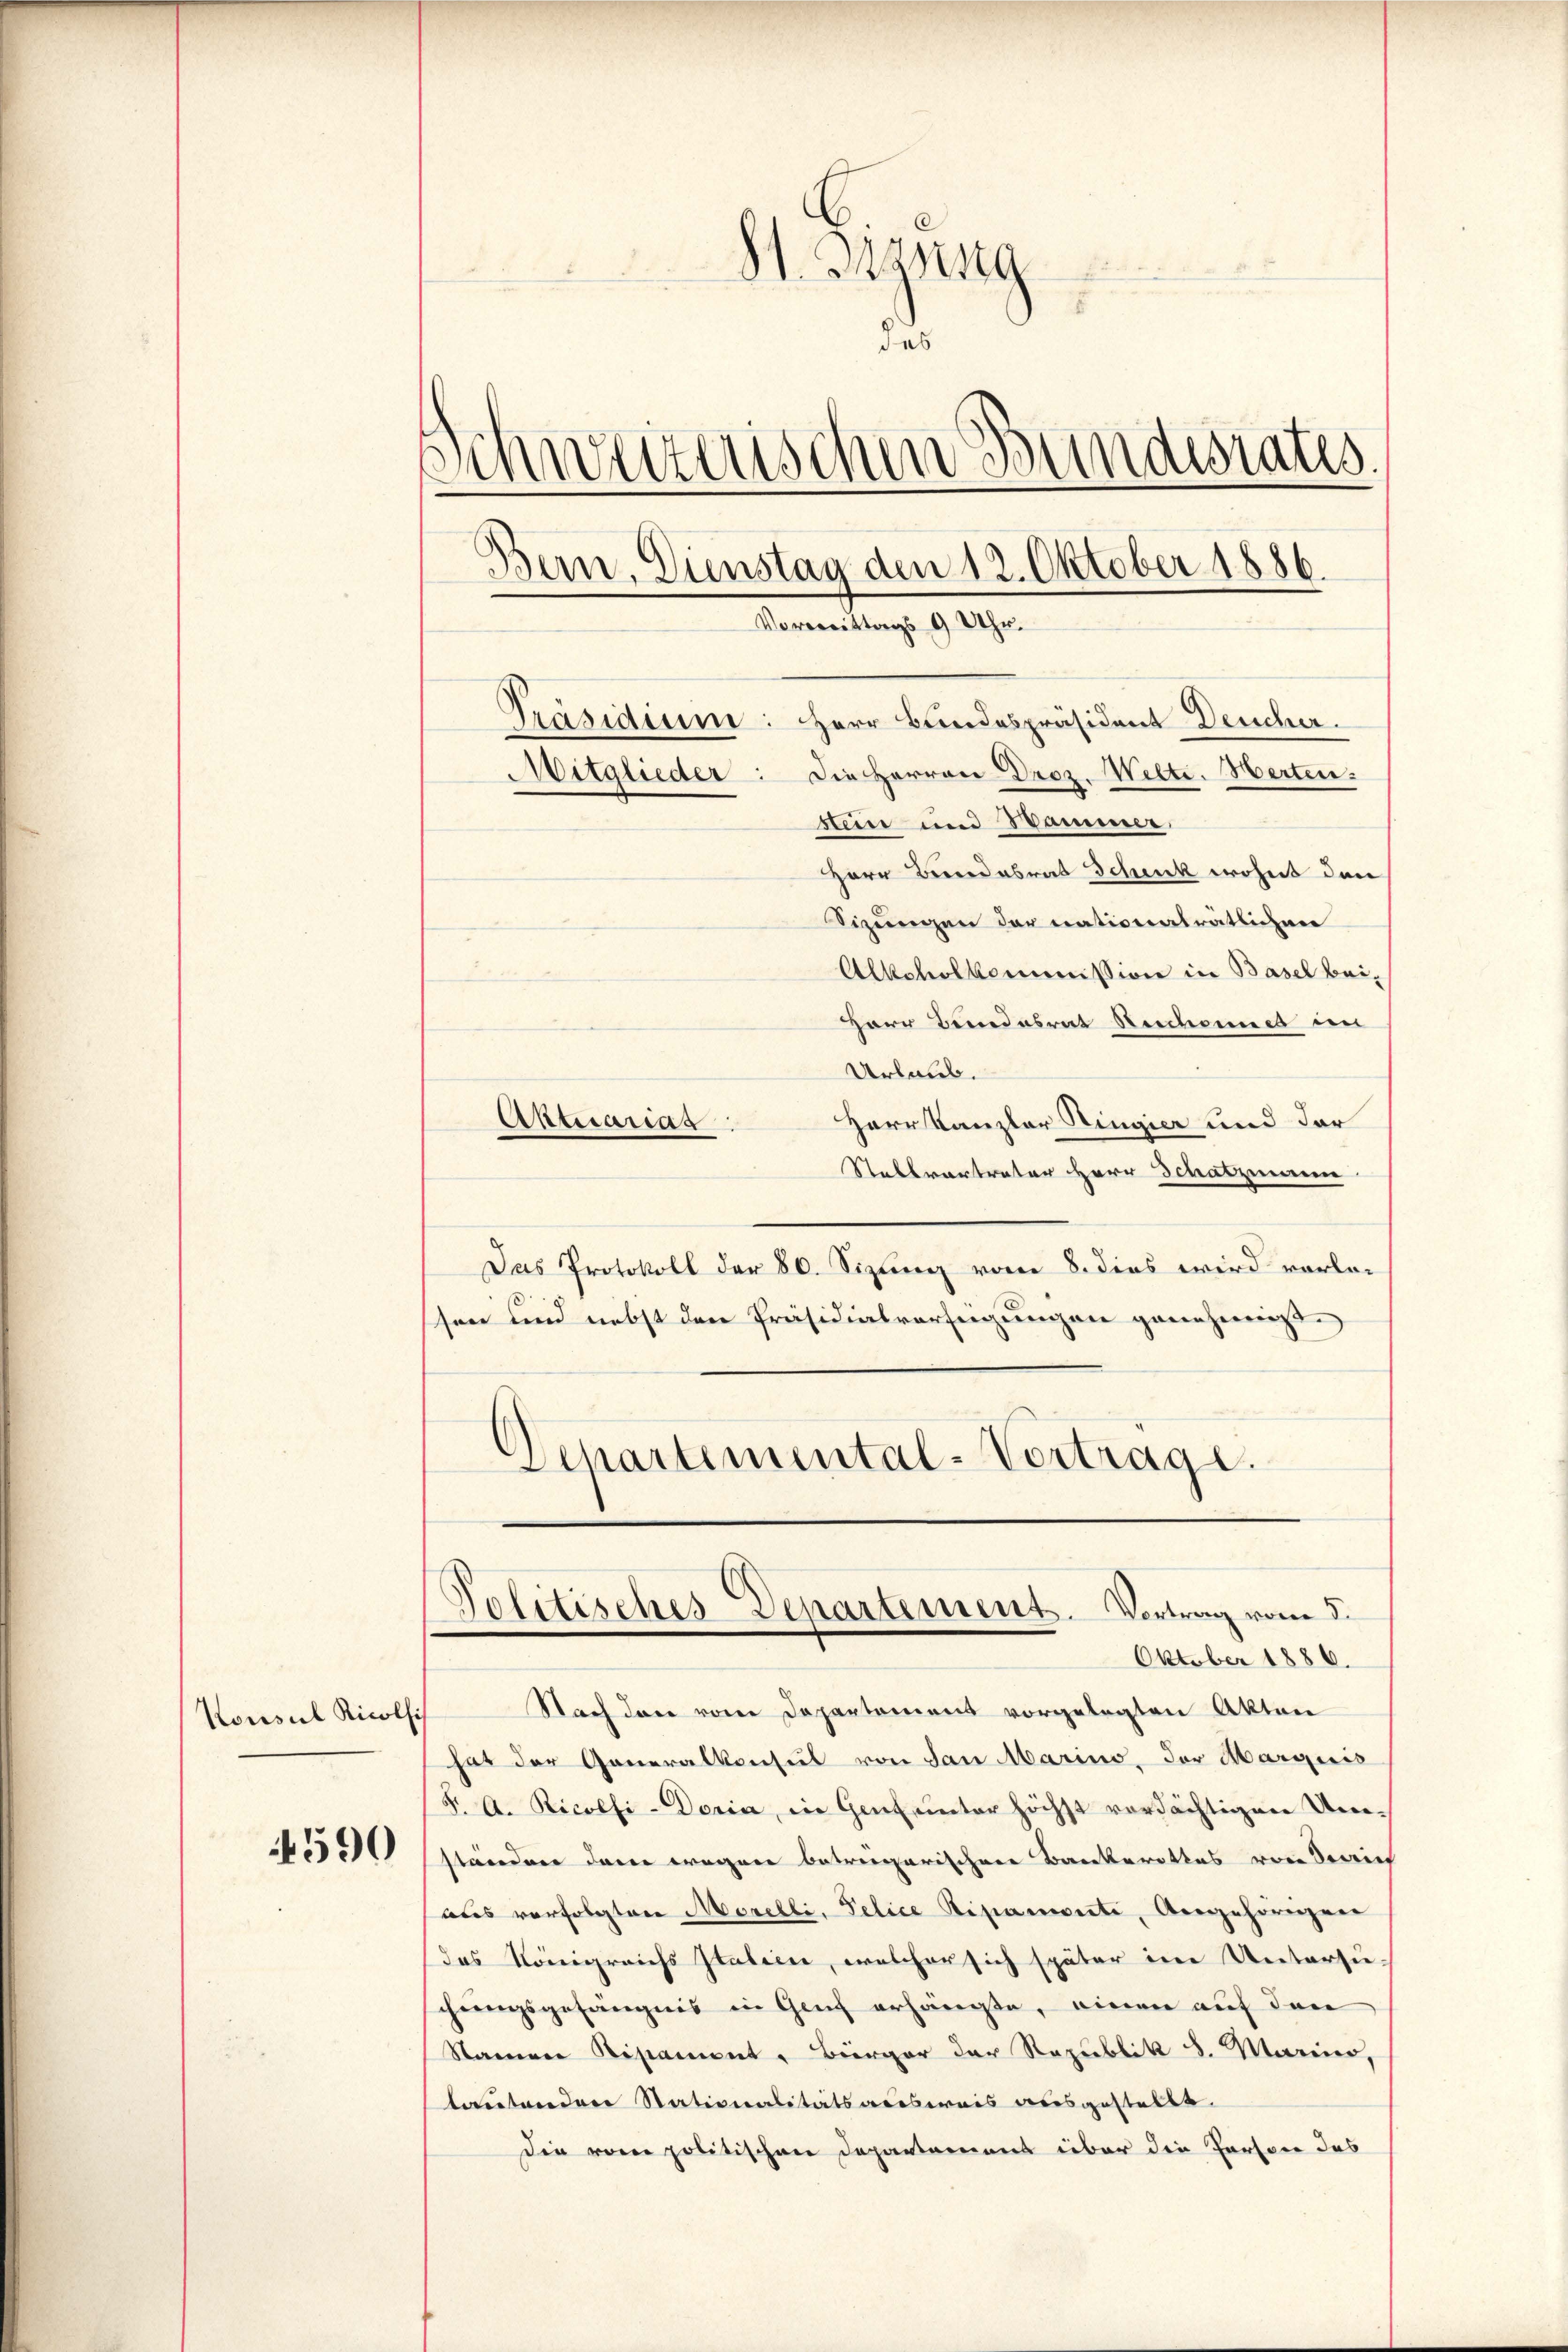
Konsul Ricolsi

4590

St. Ging
u
des
Schweizerischen Bundesrates.
Bern, Dienstag den 12. Oktober 1886.
.
Vormittags 9 Uhr.
Präsidium: Herr Bundespräsident Deucher.
Mitglieder: die Herren Droz. Welti. Herten:
stein und ammer,

Herr Bundesrat Schenk wohnt dan
Sizungen der nationalrätlichen
F
Alkoholkommission in Basel bei¬
Herr Bundesrat Beschones den
Urlaub.
Aktuarias
Herr Kanzler Ringier und der
Stellvertreter Herr Schatzmann
Das Protokoll der 80. Sizung vom 8. dies wird vorlesen und nebst den Präsidialverfeigungen genehmigt.
Departemental-Vertrage.

Nach den vom Departement vorgelegten Akten
hat der Generalkonsul von dan Marino, der Marquis
F. A. Ricotfi-Doria, in Genf unter höchst verdächtigen Um-
ständner daran wegen betrengarischen Backerottes von Serie
aus verfolgten Morelli, Pelice Ripamonte, Angehörigen
das Königreichs Italien, welcher sich später im Untersu-
cheensgefängnis in Genf erhängte, einen auf den
Namner Ripament, Bürger der Republik 8. Marier,
lautenden Stationalitätsadesweis ausgestellt.
Die vom politischen Departamens über die Persone das

Politisches Departement. Vertrag vom 3.
Oktober 1886.